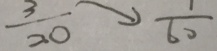
\frac { 3 } { 2 0 } \rightarrow \frac { 1 } { 6 0 }